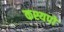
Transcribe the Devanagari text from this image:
कश्यपों